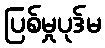
ပြစ်မှုပုဒ်မ